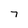
Character: 7